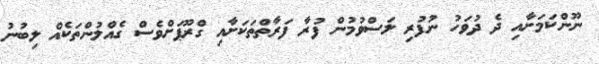
ނޫންކަމަށާއި ދެ ދުވަހު ނުފުރި ލަސްވުމުން ފުރާ ފަރާތްތަކަށާއި ގްރޫޕަށްވެސް ގެއްލުންތަކެއް ލިބުނު